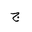
Letter: _gim